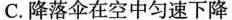
C.降落伞在空中匀速下降